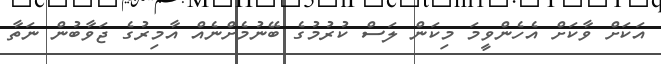
އަކަށް ވާކަށް އެހެންވީމަ މިކަން ލަސް ކުރުމުގެ ބޭނުމެށްނެއް އާމިރުގެ ޖަވާބުން ނަތާ